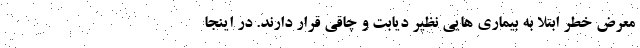
معرض خطر ابتلا به بیماری‌ هایی نظیر دیابت و چاقی قرار دارند. در اینجا